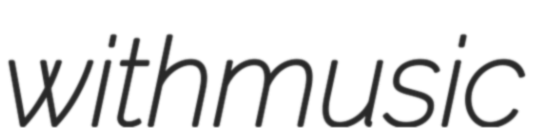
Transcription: with music